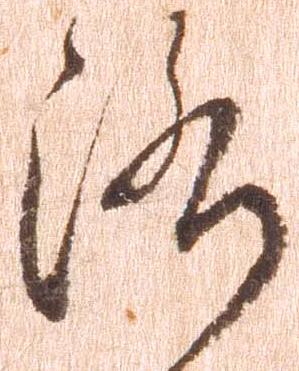
洛